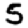
Digit: 5